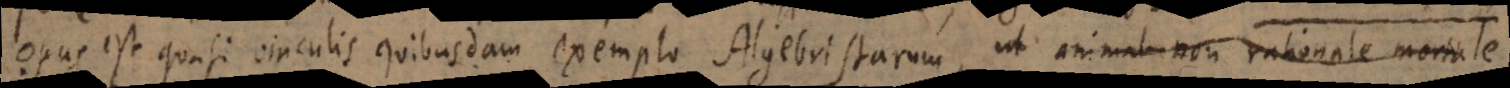
Opus est quasi vinculis quibusdam exemplo Algebristarum, ut animal non rationale mortale.